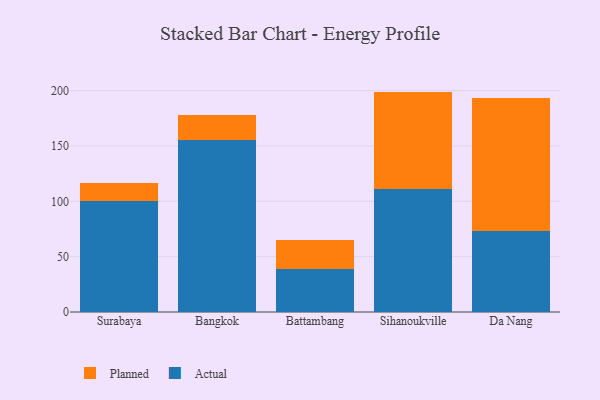
{"axis": {"x": "City", "y": "LTV (USD)"}, "legend": ["Actual", "Planned"], "data": [{"x": "Surabaya", "y": 100.3, "type": "Actual"}, {"x": "Surabaya", "y": 16.1, "type": "Planned"}, {"x": "Bangkok", "y": 155.4, "type": "Actual"}, {"x": "Bangkok", "y": 22.7, "type": "Planned"}, {"x": "Battambang", "y": 38.7, "type": "Actual"}, {"x": "Battambang", "y": 25.9, "type": "Planned"}, {"x": "Sihanoukville", "y": 111.4, "type": "Actual"}, {"x": "Sihanoukville", "y": 87.7, "type": "Planned"}, {"x": "Da Nang", "y": 73.1, "type": "Actual"}, {"x": "Da Nang", "y": 120.3, "type": "Planned"}]}